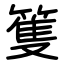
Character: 篗